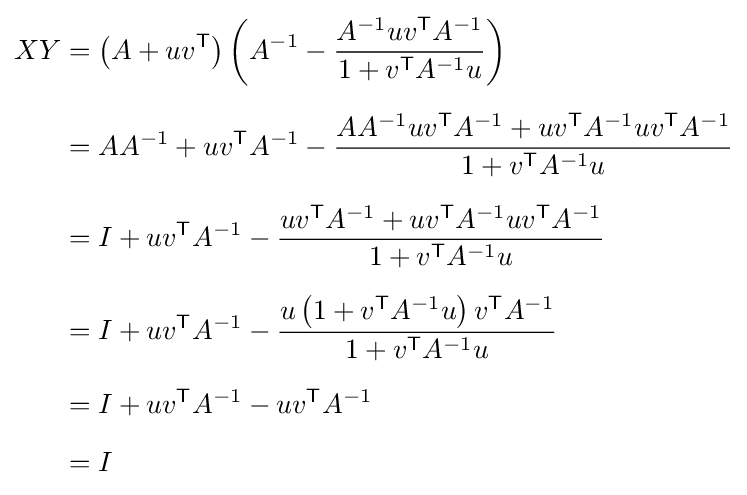
{\begin{aligned}XY&=\left(A+uv^{\textsf {T}}\right)\left(A^{-1}-{A^{-1}uv^{\textsf {T}}A^{-1} \over 1+v^{\textsf {T}}A^{-1}u}\right)\\[6pt]&=AA^{-1}+uv^{\textsf {T}}A^{-1}-{AA^{-1}uv^{\textsf {T}}A^{-1}+uv^{\textsf {T}}A^{-1}uv^{\textsf {T}}A^{-1} \over 1+v^{\textsf {T}}A^{-1}u}\\[6pt]&=I+uv^{\textsf {T}}A^{-1}-{uv^{\textsf {T}}A^{-1}+uv^{\textsf {T}}A^{-1}uv^{\textsf {T}}A^{-1} \over 1+v^{\textsf {T}}A^{-1}u}\\[6pt]&=I+uv^{\textsf {T}}A^{-1}-{u\left(1+v^{\textsf {T}}A^{-1}u\right)v^{\textsf {T}}A^{-1} \over 1+v^{\textsf {T}}A^{-1}u}\\[6pt]&=I+uv^{\textsf {T}}A^{-1}-uv^{\textsf {T}}A^{-1}\\[6pt]&=I\end{aligned}}